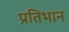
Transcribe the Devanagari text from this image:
प्रतिभान